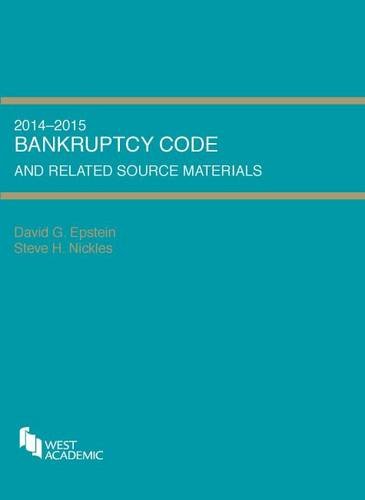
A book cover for Bankruptcy Code and Related Source Materials (Selected Statutes); David Epstein; Law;